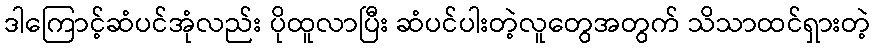
ဒါကြောင့်ဆံပင်အုံလည်း ပိုထူလာပြီး ဆံပင်ပါးတဲ့လူတွေအတွက် သိသာထင်ရှားတဲ့